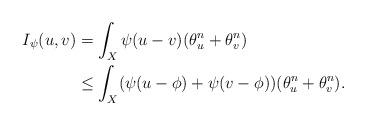
LaTeX: \begin{align*} I_{\psi}(u,v) &= \int_{X}\psi(u-v)(\theta^{n}_{u} + \theta^{n}_{v}) \\ & \leq \int_{X} (\psi(u-\phi) + \psi(v - \phi) ) (\theta^{n}_{u} + \theta^{n}_{v}).\end{align*}